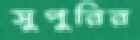
সুপুরির